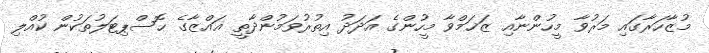
މުޒާހަރާގައި މަރުވާ މީހުންނާއި ޒަޚަމްވާ މީހުންގެ އަދަދު އިތުރުވަމުންދާތީ ޣައްޒާގެ ހޮސްޕިޓަލުތަކުން ކުއްލި